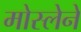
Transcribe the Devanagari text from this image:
मोस्लेने